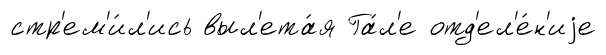
стр'ем'и́л'ись выл'ета́я Га́л'е отд'ел'е́н'иjе